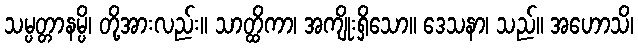
သမ္ပတ္တာနမ္ပိ၊ တို့အားလည်း။ သာတ္ထိကာ၊ အကျိုးရှိသော။ ဒေသနာ၊ သည်။ အဟောသိ၊